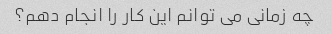
چه زمانی می توانم این کار را انجام دهم؟